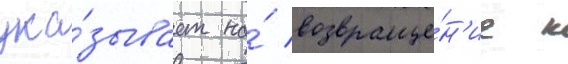
ука́зывает на́ возвраще́н'ие к